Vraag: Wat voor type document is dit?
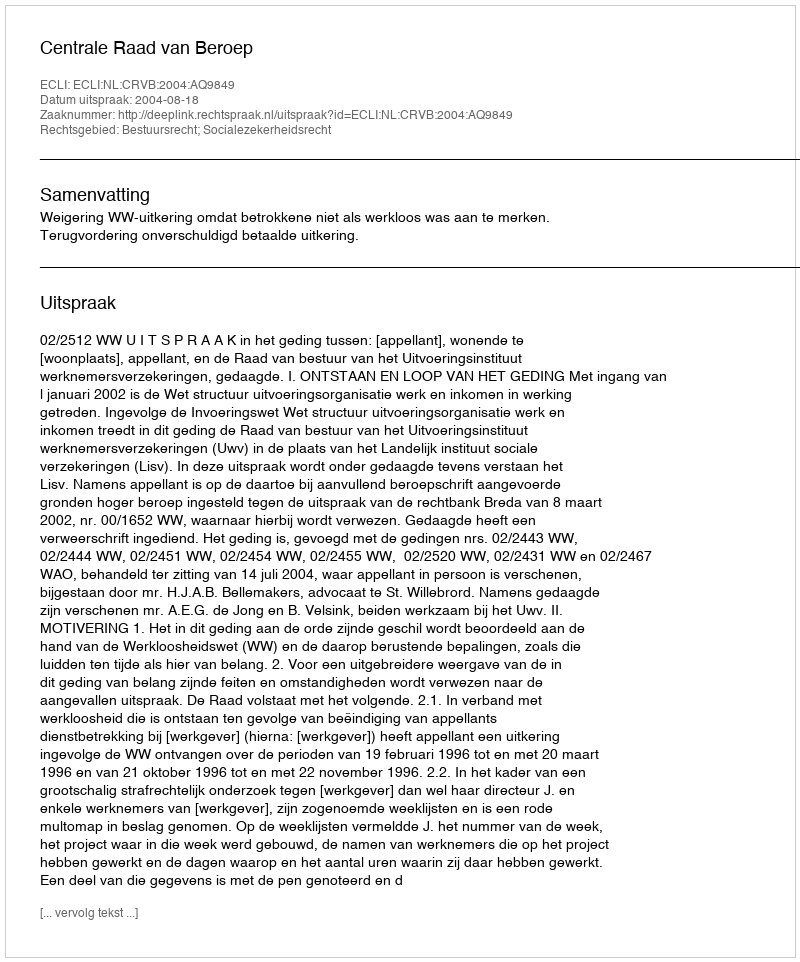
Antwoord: Uitspraak